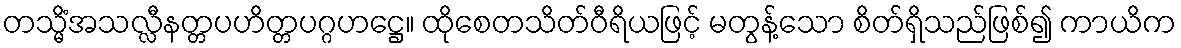
တသ္မိံအသလ္လီနတ္တပဟိတ္တပဂ္ဂဟဋ္ဌေ။ ထိုစေတသိတ်ဝီရိယဖြင့် မတွန့်သော စိတ်ရှိသည်ဖြစ်၍ ကာယိက